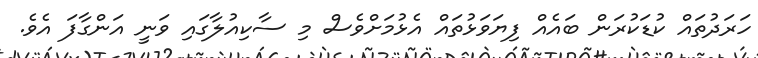
ހަރަދުތައް ކުޑަކުރަން ބައެއް ފިޔަވަޅުތައް އެޅުމަށްވެސް މި ސާކިއުލާގައި ވަނީ އަންގާފަ އެވެ.